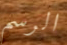
الرسم